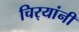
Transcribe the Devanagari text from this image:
चिर्‍यांनी